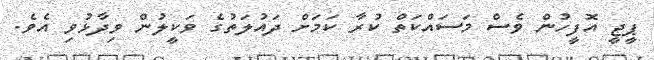
ޕީޖީ އޮފީހުން ވެސް މަސައްކަތް ކުރާ ކަމަށް ދައުލަތުގެ ވަކީލުން ވިދާޅުވި އެވެ.